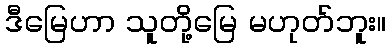
ဒီမြေဟာ သူတို့မြေ မဟုတ်ဘူး။